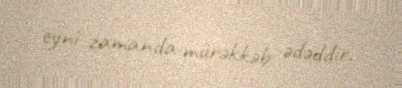
eyni zamanda mürəkkəb ədəddir.